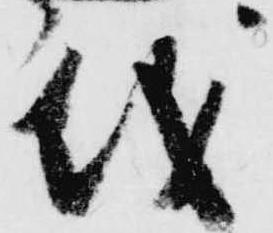
儀